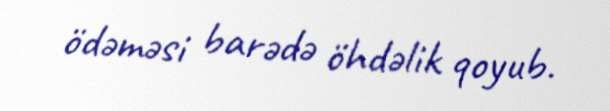
ödəməsi barədə öhdəlik qoyub.